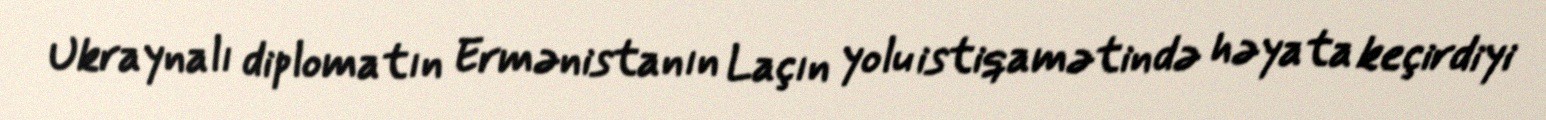
Ukraynalı diplomatın Ermənistanın Laçın yolu istiqamətində həyata keçirdiyi